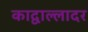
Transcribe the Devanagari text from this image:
काद्वाल्लादर